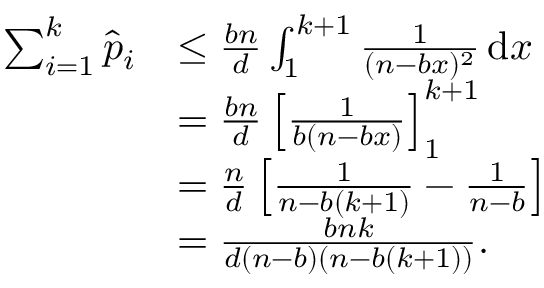
\begin{array} { r l } { \sum _ { i = 1 } ^ { k } \widehat { p } _ { i } } & { \leq \frac { b n } { d } \int _ { 1 } ^ { k + 1 } \frac { 1 } { ( n - b x ) ^ { 2 } } \, \mathrm { d } x } \\ & { = \frac { b n } { d } \left[ \frac { 1 } { b ( n - b x ) } \right] _ { 1 } ^ { k + 1 } } \\ & { = \frac { n } { d } \left[ \frac { 1 } { n - b ( k + 1 ) } - \frac { 1 } { n - b } \right] } \\ & { = \frac { b n k } { d ( n - b ) ( n - b ( k + 1 ) ) } . } \end{array}